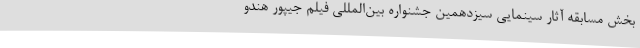
بخش مسابقه آثار سینمایی سیزدهمین جشنواره‌ بین‌المللی فیلم جیپور هندو